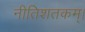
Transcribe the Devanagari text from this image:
नीतिशतकम्।